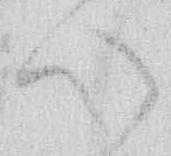
心